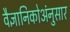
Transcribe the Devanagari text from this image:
वैज्ञानिकोअंनुसार